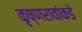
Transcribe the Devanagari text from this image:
कृष्णरावांकडे